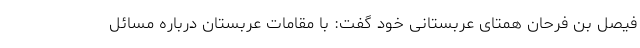
فیصل بن فرحان همتای عربستانی خود گفت: با مقامات عربستان درباره مسائل